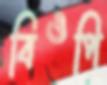
বিওপি